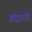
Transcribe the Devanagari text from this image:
इंद्रानी